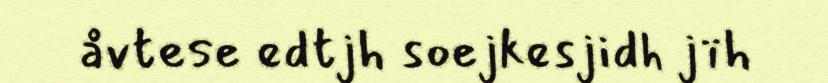
åvtese edtjh soejkesjidh jïh